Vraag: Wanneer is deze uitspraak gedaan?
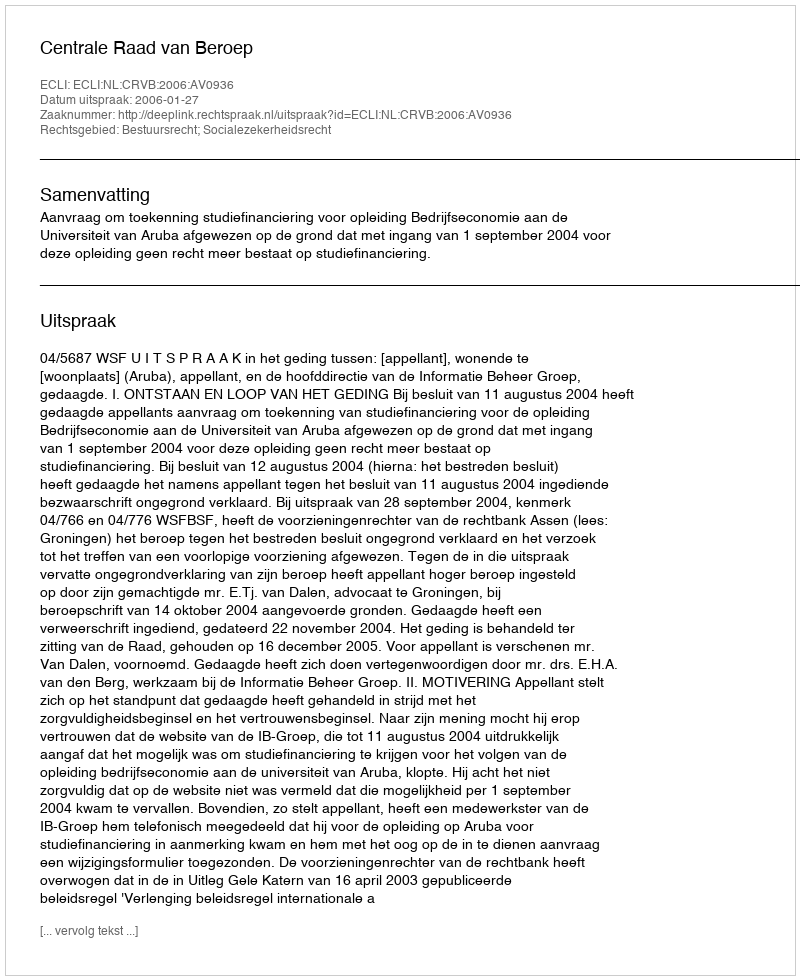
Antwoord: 2006-01-27